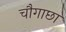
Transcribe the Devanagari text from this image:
चौगाछा